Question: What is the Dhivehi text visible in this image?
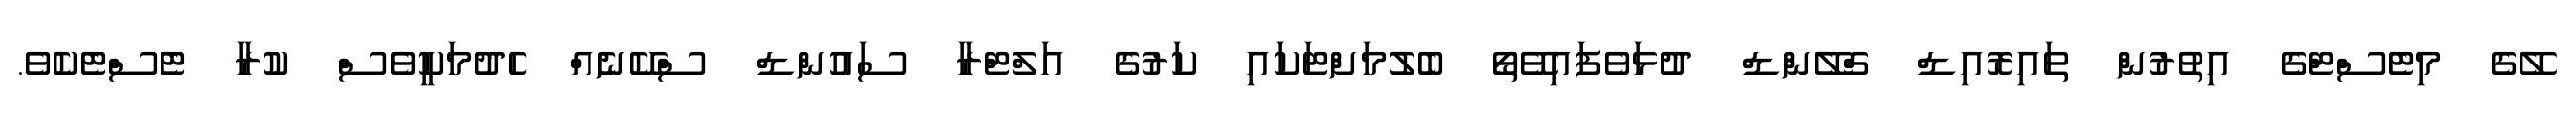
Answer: ލޭގެ މިޓެސްޓްގެ އިތުރުން ތައިރޮއިޑް ގްލޭންޑް ދުޅަވެފައިވޭތޯ ބެލުމަށްޓަކައި ކަރުގެ އަލްޓްރާ ސައުންޑް ސްކޭނެއް ހެދުމަކީވެސް ކުރާ ޓެސްޓެކެވެ.